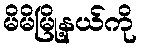
မိမိမြို့နယ်ကို